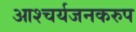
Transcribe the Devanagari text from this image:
आश्चर्यजनकरुप